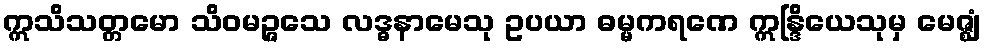
ဣသိသတ္တမော သိဝမဉ္ဇသေ လဒ္ဓနာမေသု ဥပယာ ဓမ္မကရဏေ ဣန္ဒြိယေသုမှ မေဇ္ဈံ